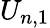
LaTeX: U_{n,1}